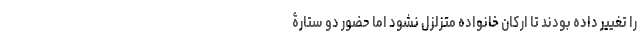
را تغییر داده بودند تا ارکان خانواده متزلزل نشود اما حضور دو ستارۀ